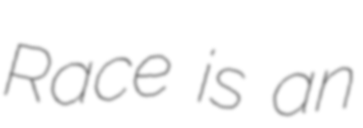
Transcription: Race is an